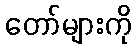
တော်များကို